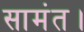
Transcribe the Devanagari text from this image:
सामंत।